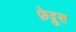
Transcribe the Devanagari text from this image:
फ़ेद्रुस